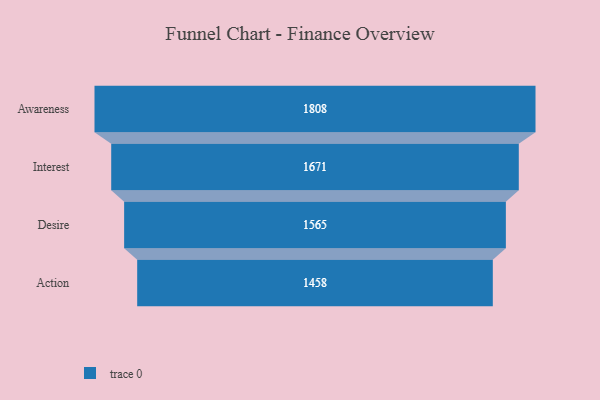
{"axis": {"x": "Stage", "y": "Value"}, "legend": [""], "data": [{"x": "Awareness", "y": 1808.0, "type": ""}, {"x": "Interest", "y": 1671.0, "type": ""}, {"x": "Desire", "y": 1565.0, "type": ""}, {"x": "Action", "y": 1458.0, "type": ""}]}